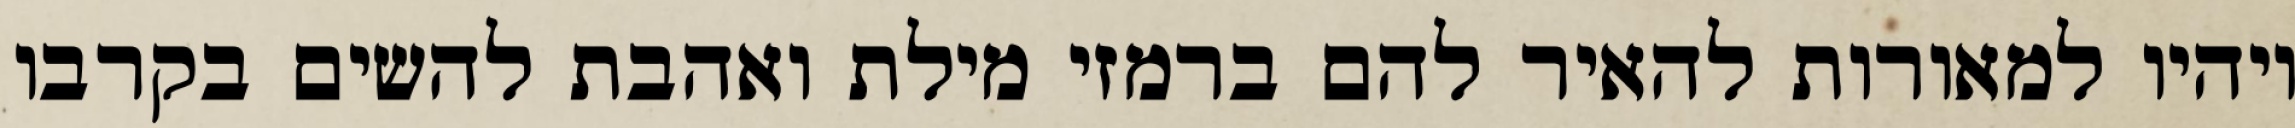
ויהיו למאורות להאיר להם ברמזי מילת ואהבת להשים בקרבו